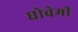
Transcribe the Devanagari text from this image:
धोवेमी